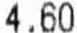
4.60